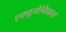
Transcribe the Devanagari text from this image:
एक्युमेनिकल